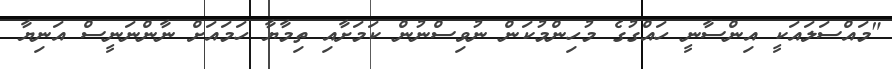
"މައްސަލައަކީ އިންސާނީ ހައްގުގެ މުހިންމުކަން ނުވިސްނުން ކަމަށާއި ތިމާޔާ ހަމައަށް ނާންނަނީސް އަނިޔާ